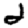
Digit: 2